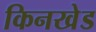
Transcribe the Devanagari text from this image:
किनखेड